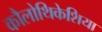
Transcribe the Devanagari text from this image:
कौलोथिकेशिया